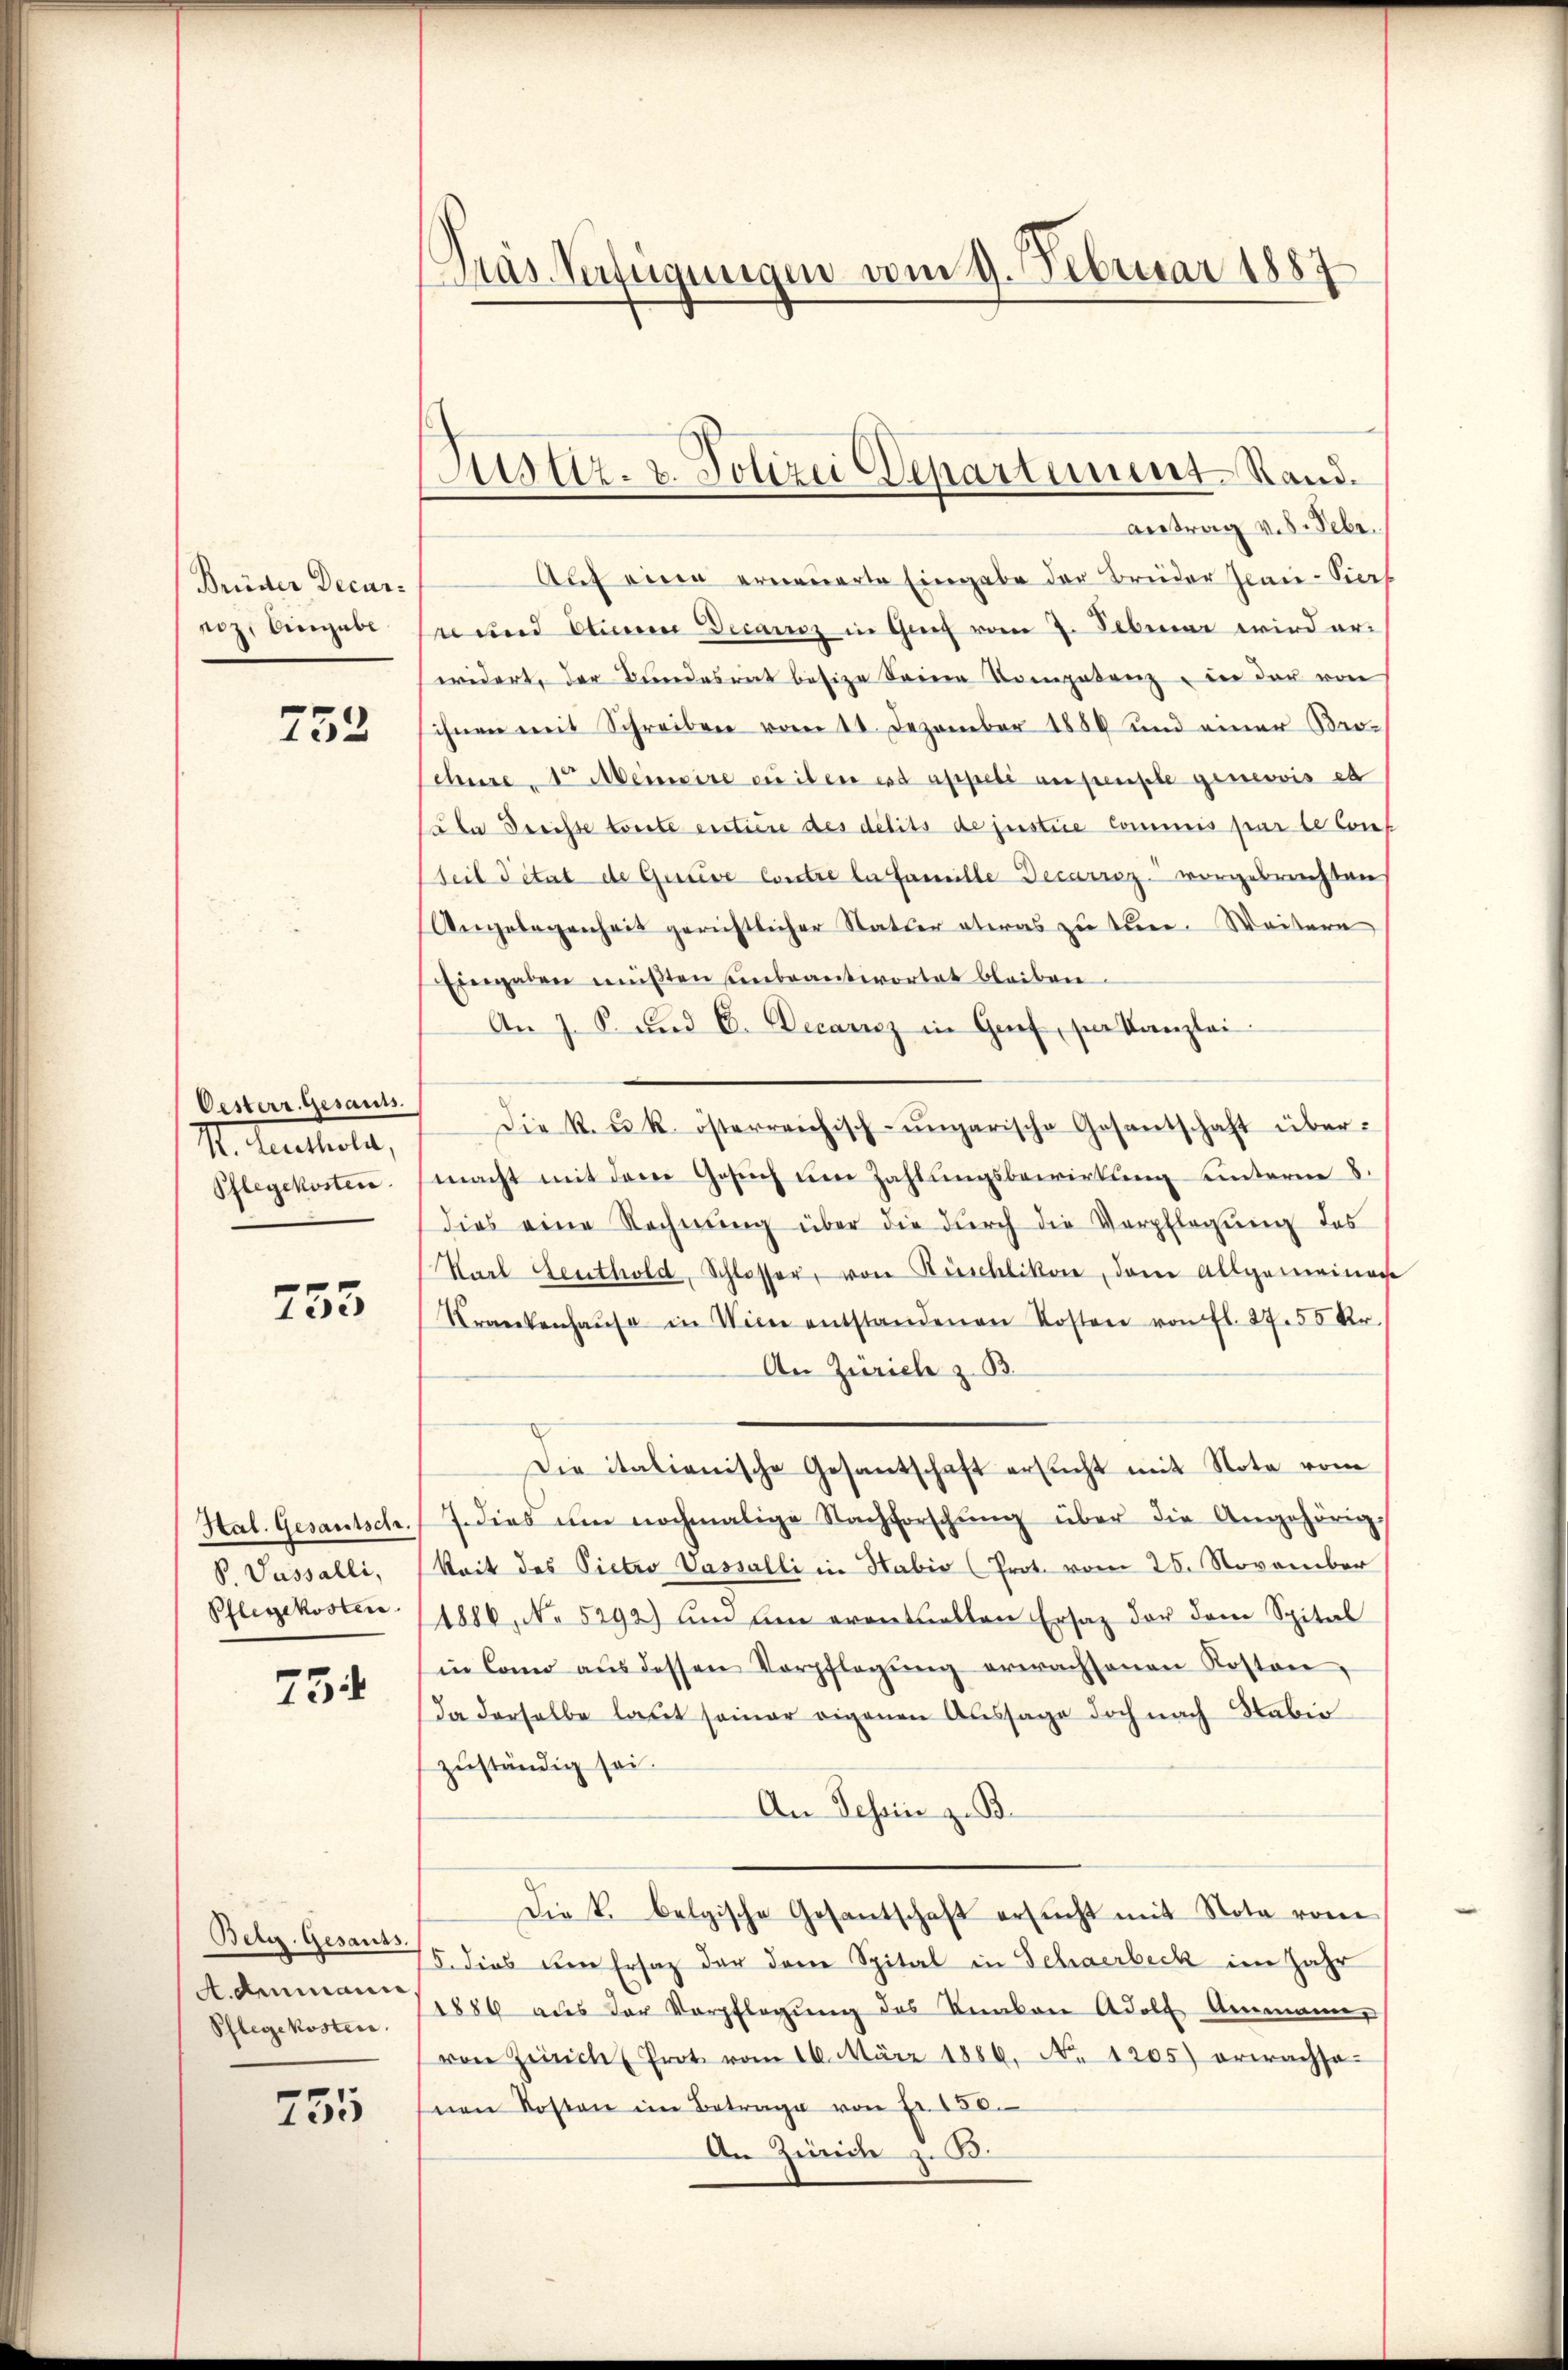
Brüder Decurniz. Eingabe

752

Oesterr. Gesants.
M. Heuchela,
Pflegekosten

755

Htal. Gesamtsch.
V. Passalli,
Pflegekosten

75

Betr. Gesants.
A. Ammann
Pflegekosten.

755

Fras Verfügungen vom 9. Februar 1887

stz. v. Polizei Departement Stand.

antrag v. 8. Sebe.
Auf einen erneuerte Eingabe der Brüder Genie-Verf
n und Eine Decanoz in Genf vom 7. Februar wird er-
widert, der Bundesrat besize Seine Kompetenz, in der von
ihnen mit Schreiben vom 11. Dezember 1889 und einer Bro-
churer Meinere zu iben ist appelé anpenste geneovis es
Cale dreisse toute erstiere des délits de justice Commis par le Conseil Titat de Gouve Contre la famille Decarrog vorgebrachten
Angelegenheit gerichtlicher Statuer etwas zu tun. Weitern
Eingaben müβten unbeantwortet bleiben.
An J. S. und C. Decaricz in Grief für Kanzlei
Die k. u. k. österreichisch-ungarische Gesentschaft über-
macht mit dem Gesŭch ŭm Zahlungsbewirkung unterne 8.
dies eine Rechnŭng über die dŭrch die Verpflegŭng des
Karl Leuthold, Schlosser, von Rüschlikon, dem Allgemeinach
Krankenhaŭse in Wien entstandenen Kosten von fl. 27. 55 Kr.
An Zürich z. B.
E
Die italienische Gesantschaft ersŭcht mit Note vom
7. dies um nochmalige Nachforschŭng über die Angehörig
keit des Pietro Vassalli in Habio (Prot. vom 26. November
1886, No 5292) und an eventuellen Ersatz der dem Spital
in Como aŭs dessen Verpflegŭng erwachsenen Kosten,
da derselbe laut seiner eigenen Aussage doch nach Nabir
zuständig sei.
An Tessin z. B.
Die k. belgische Gesantschaft ersŭcht mit Nota vom
5. dies den Ersatz der dem Spital in Schaerbeck im Jahr
1886 aŭs der Verpflegŭng des Knakon Adolf Ammann,
von Züricht Prot vom 16. März 1886. No. 1205) erwachsa
seien Kosten im Betrage von Fr. 180.
An Zünde zu